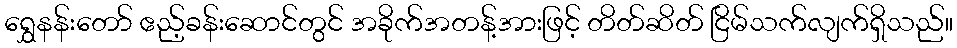
ရွှေနန်းတော် ဧည့်ခန်းဆောင်တွင် အခိုက်အတန့်အားဖြင့် တိတ်ဆိတ် ငြိမ်သက်လျက်ရှိသည်။